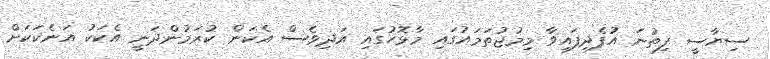
ސިޔާސީ ފިތުނަ އުފެދިފައިވާ މިމުޖުތަމައުގައި މާޅޮހުގައި އަދިވެސް އެކަން ކުރަމުންދަނީ އެކަކު އަނެކަކަށް